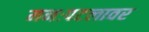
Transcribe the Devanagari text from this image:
मनःपटलावर